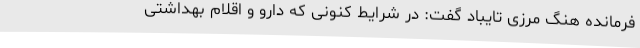
فرمانده هنگ مرزی تایباد گفت: در شرایط کنونی که دارو و اقلام بهداشتی